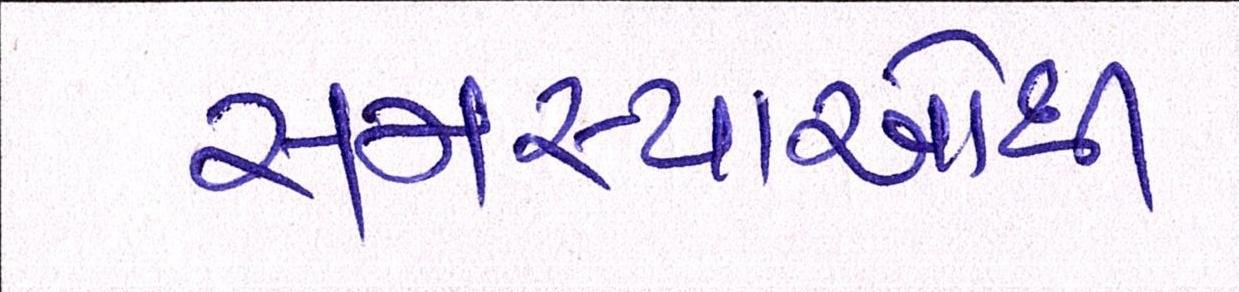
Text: સમસ્યાઓથી